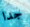
جدا